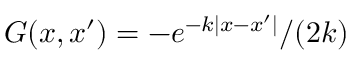
G ( x , x ^ { \prime } ) = - e ^ { - k | x - x ^ { \prime } | } / ( 2 k )